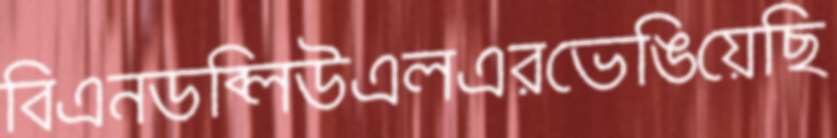
বিএনডব্লিউএলএরভেঙিয়েছি